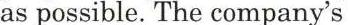
as possible. The company's